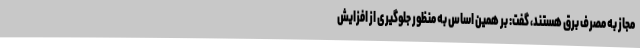
مجاز به مصرف برق هستند، گفت: بر همین اساس به منظور جلوگیری از افزایش